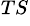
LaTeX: ^{TS}